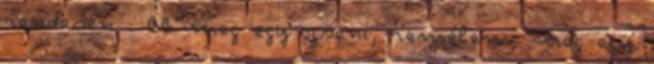
rendesen : BB meg egy zseni, remélem, még egy